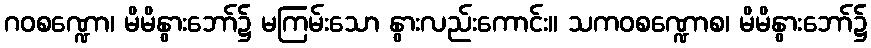
ဂဝစဏ္ဍော၊ မိမိနွားဘော်၌ မကြမ်းသော နွားလည်းကောင်း။ သကဝစဏ္ဍောစ၊ မိမိနွားဘော်၌